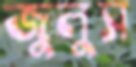
জুলুস